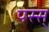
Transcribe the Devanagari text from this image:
पस्स्